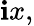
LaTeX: \mathbf{i}x,